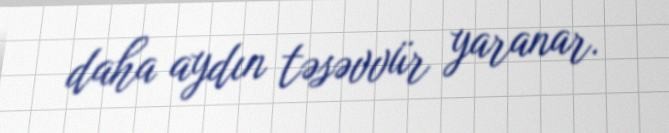
daha aydın təsəvvür yaranar.